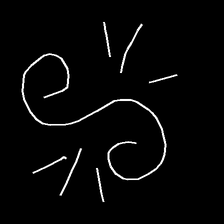
Glyph: wind-directs-air